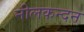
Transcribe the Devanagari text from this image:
नीलकन्दन